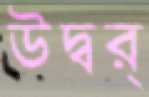
উদ্বর্